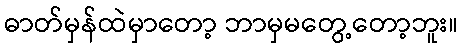
ဓာတ်မှန်ထဲမှာတော့ ဘာမှမတွေ့တော့ဘူး။